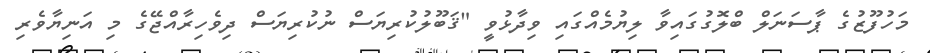
މަހުފޫޒުގެ ޕާސަނަލް ބްލޮގުގައިވާ ލިޔުމެއްގައި ވިދާޅުވީ "ޤަބޫލުކުރިޔަސް ނުކުރިޔަސް ދިވެހިރާއްޖޭގެ މި އަނިޔާވެރި